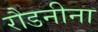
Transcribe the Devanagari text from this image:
रौडनीना